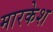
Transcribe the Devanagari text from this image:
मारकेश